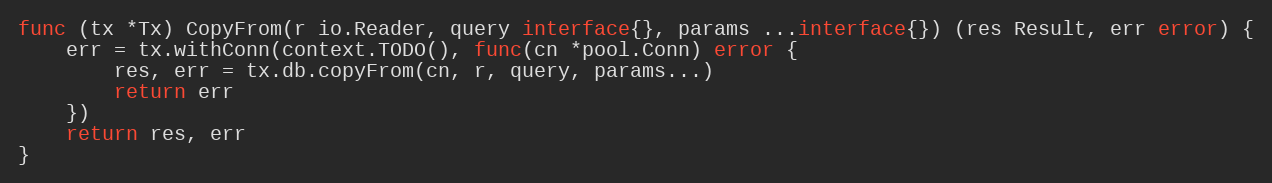
Language: Go
func (tx *Tx) CopyFrom(r io.Reader, query interface{}, params ...interface{}) (res Result, err error) {
	err = tx.withConn(context.TODO(), func(cn *pool.Conn) error {
		res, err = tx.db.copyFrom(cn, r, query, params...)
		return err
	})
	return res, err
}